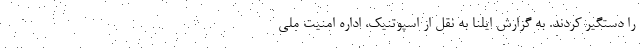
را دستگیر کردند. به گزارش ایلنا به نقل از اسپوتنیک، اداره امنیت ملی